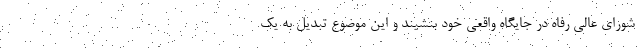
شورای عالی رفاه در جایگاه واقعی خود بنشیند و این موضوع تبدیل به یک